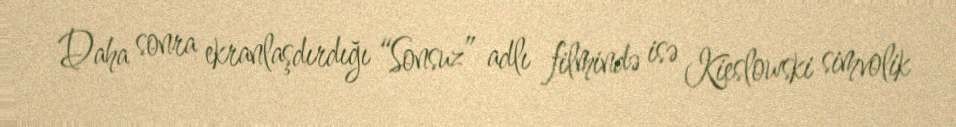
Daha sonra ekranlaşdırdığı “Sonsuz” adlı filmində isə Kieslowski simvolik